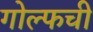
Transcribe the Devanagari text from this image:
गोल्फची